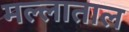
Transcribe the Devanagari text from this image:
मल्लाताल